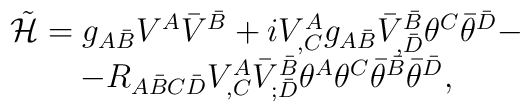
\begin{array}{c}{\tilde{\cal H}}=g_{A\bar B}V^A{\bar V}^{\bar B}+ iV^A_{,C}g_{A\bar B}{\bar V}^{\bar B}_{,\bar D}\theta^C{\bar\theta}^{\bar D}-\\-R_{A{\bar B} C{\bar D}}V^A_{,C}{\bar V}^{\bar B}_{;\bar D}\theta^A\theta^C{\bar\theta}^{\bar B}{\bar \theta}^{\bar D},\end{array}